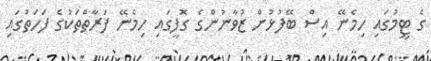
ގެ ޓީމުގައި ހިމެނޭ އިސް ބޭފުޅުން ޒުވާނުންގެ ގޮފީގައި ހިމެނޭ ފަރާތްތަކުގެ ފަހަތުގައި